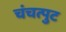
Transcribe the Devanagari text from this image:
चंचत्पुट